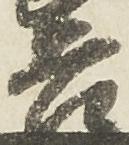
吉